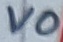
Text: VO